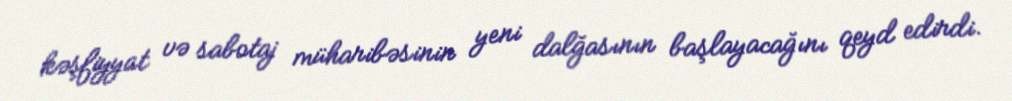
kəşfiyyat və sabotaj müharibəsinin yeni dalğasının başlayacağını qeyd edirdi.